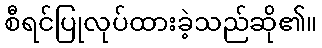
စီရင်ပြုလုပ်ထားခဲ့သည်ဆို၏။